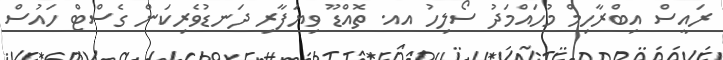
ރައީސް އިބްރާހިމް މުހައްމަދު ސޯލިހު އއ. ތޮއްޑޫ ވިޔަފާރި ދަނޑުވެރިކަން ގެސްޓް ހައުސް